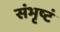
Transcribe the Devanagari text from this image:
संभृष्टं